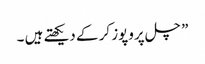
” چل پروپوز کر کے دیکھتے ہیں ۔